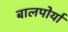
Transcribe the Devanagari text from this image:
बालपोर्या